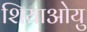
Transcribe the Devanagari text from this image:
शियाओयु